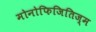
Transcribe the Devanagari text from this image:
मोनोफिजितिज्म